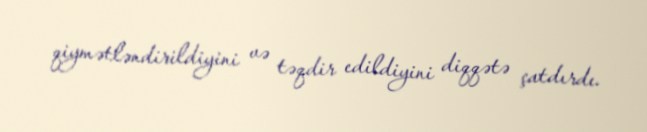
qiymətləndirildiyini və təqdir edildiyini diqqətə çatdırdı.